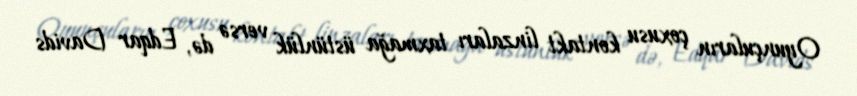
Oyunçuların çoxusu kontakt linzaları taxmağa üstünlük versə də, Edqar Davids